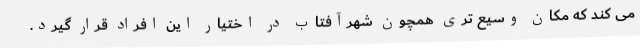
می کند که مکان وسیع تری همچون شهرآفتاب در اختیار این افراد قرار گیرد.